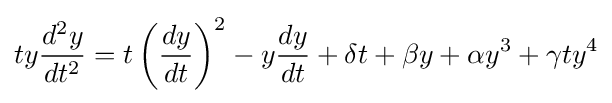
ty{\frac {d^{2}y}{dt^{2}}}=t\left({\frac {dy}{dt}}\right)^{2}-y{\frac {dy}{dt}}+\delta t+\beta y+\alpha y^{3}+\gamma ty^{4}